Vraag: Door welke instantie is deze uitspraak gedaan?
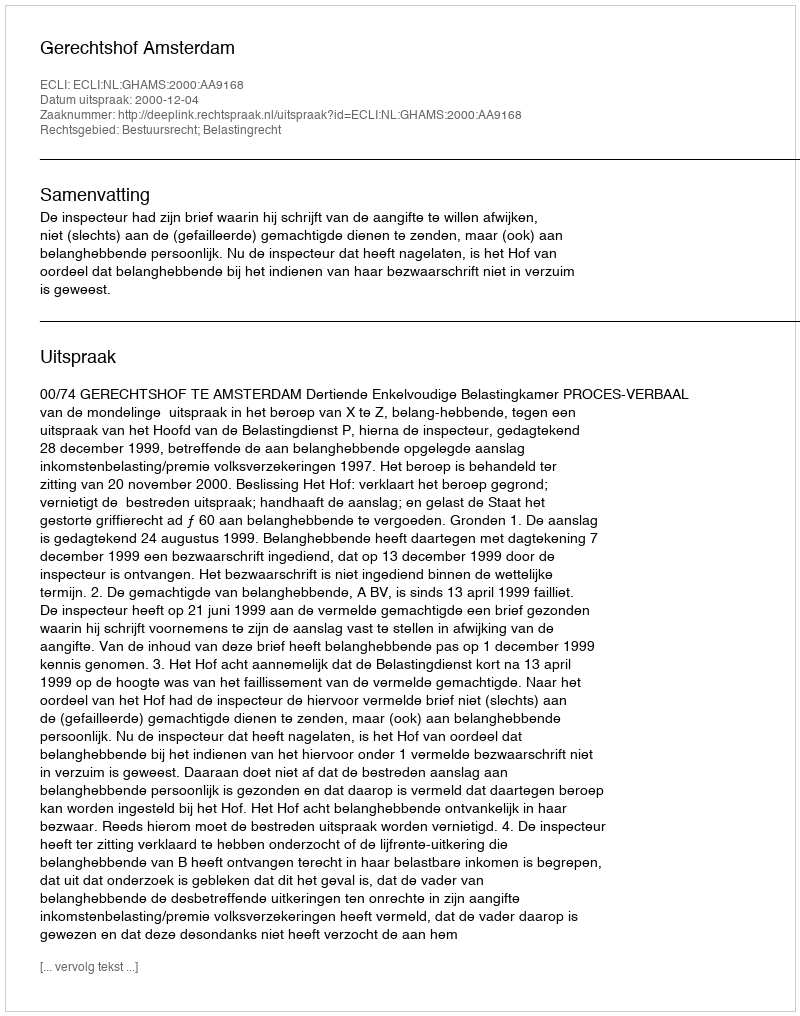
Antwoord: Gerechtshof Amsterdam